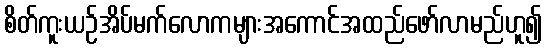
စိတ်ကူးယဉ်အိပ်မက်လောကများအကောင်အထည်ဖော်လာမည်ဟူ၍